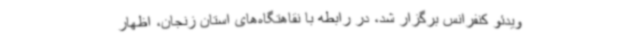
ویدئو کنفرانس برگزار شد، در رابطه با نقاهتگاه‌های استان زنجان، اظهار